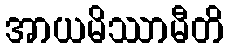
အာယမိဿာမီတိ